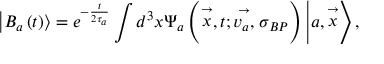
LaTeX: \left| B _ { a } \left( t \right) \right\rangle = e ^ { - \frac t { 2 \tau _ { a } } } \int d ^ { 3 } x \Psi _ { a } \left( \stackrel { \rightarrow } { x } , t ; \stackrel { \rightarrow } { v _ { a } , } \sigma _ { B P } \right) \left| a , \stackrel { \rightarrow } { x } \right\rangle ,